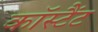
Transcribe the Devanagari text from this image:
कॉस्टैंट